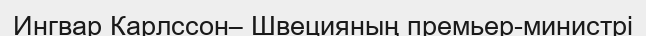
Ингвар Карлссон– Швецияның премьер-министрі